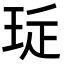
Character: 㻄